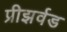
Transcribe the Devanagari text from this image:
प्रीझर्वड